Bombay plague: being a history of the progress of plague in the Bombay presidency from September 1896 to June 1899
Year: 1896
Disease focus: Plague
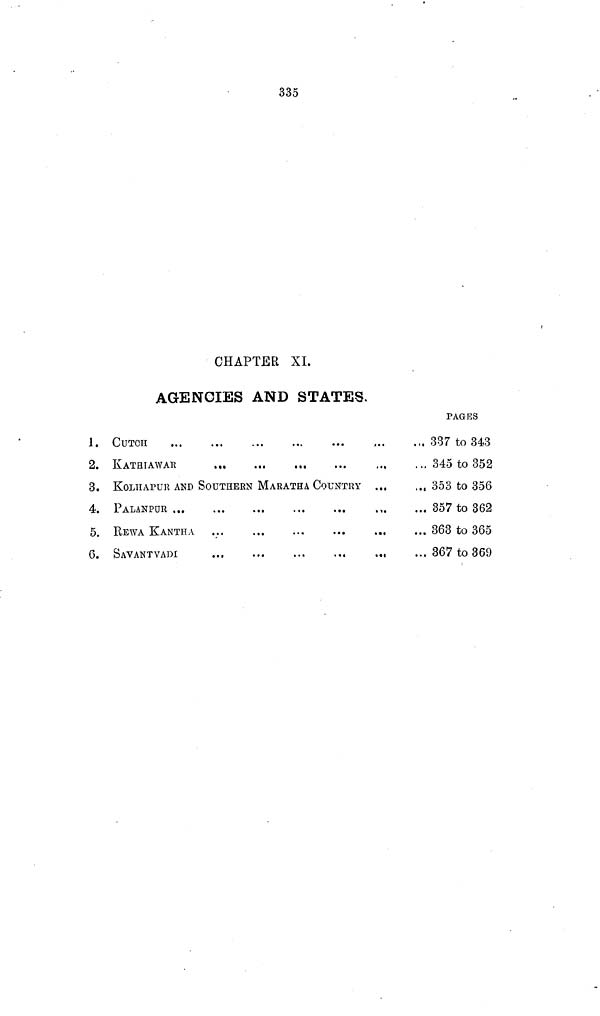
335
CHAPTER XI.
AGENCIES AND STATES,
1.
2.
3.
4.
5.
6.
CUTCH
KATHIAWAR
KOLHAPUR AND SOUTHERN MARATH A COUNTRY ...
...
PALANPUR
REWA KANTHA
SAVANTVADI
...
...
...
...
...
PAGES
337 to 343
345 to 352
353 to 356
357 to 362
363 to 365
367 to 369